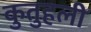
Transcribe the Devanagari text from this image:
कुतुहली